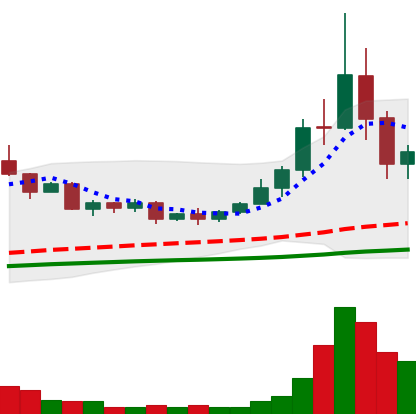
Ticker: TRX-USD
Chart end date: 2020-09-06
Forward return: 6.3%
Label: up_5_7